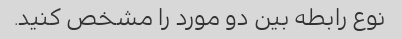
نوع رابطه بین دو مورد را مشخص کنید.